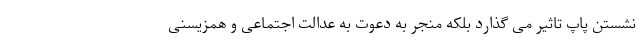
نشستن پاپ تاثیر می گذارد بلکه منجر به دعوت به عدالت اجتماعی و همزیسنی